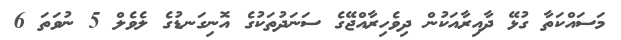
މަސައްކަތާ ގުޅޭ ދާއިރާއަކުން ދިވެހިރާއްޖޭގެ ސަނަދުތަކުގެ އޮނިގަނޑުގެ ލެވެލް 5 ނުވަތަ 6